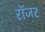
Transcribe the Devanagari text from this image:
राॅजर